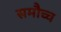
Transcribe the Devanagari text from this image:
समौच्च